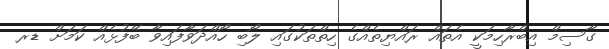
ގާސިމް އިބްރާހިމަކީ އެތައް ރައްޔިތެއްގެ ހިތްތަކުގައި ލޯބި ހޯއްދަވާފައިވާ ބޭފުޅެއް ކަމަށް ޑރ